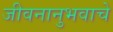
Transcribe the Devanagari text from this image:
जीवनानुभवाचे